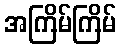
အကြိမ်ကြိမ်